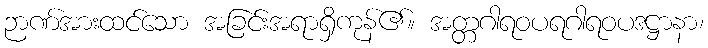
ဉာဏ်အားထင်သော အခြင်းအရာရှိကုန်၏။ အတ္တဂါရဝပရဂါရဝပဒဋ္ဌာနာ၊